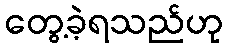
တွေ့ခဲ့ရသည်ဟု